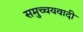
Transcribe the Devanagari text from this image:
समुच्चयवादी